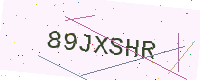
Text: 89JXSHR